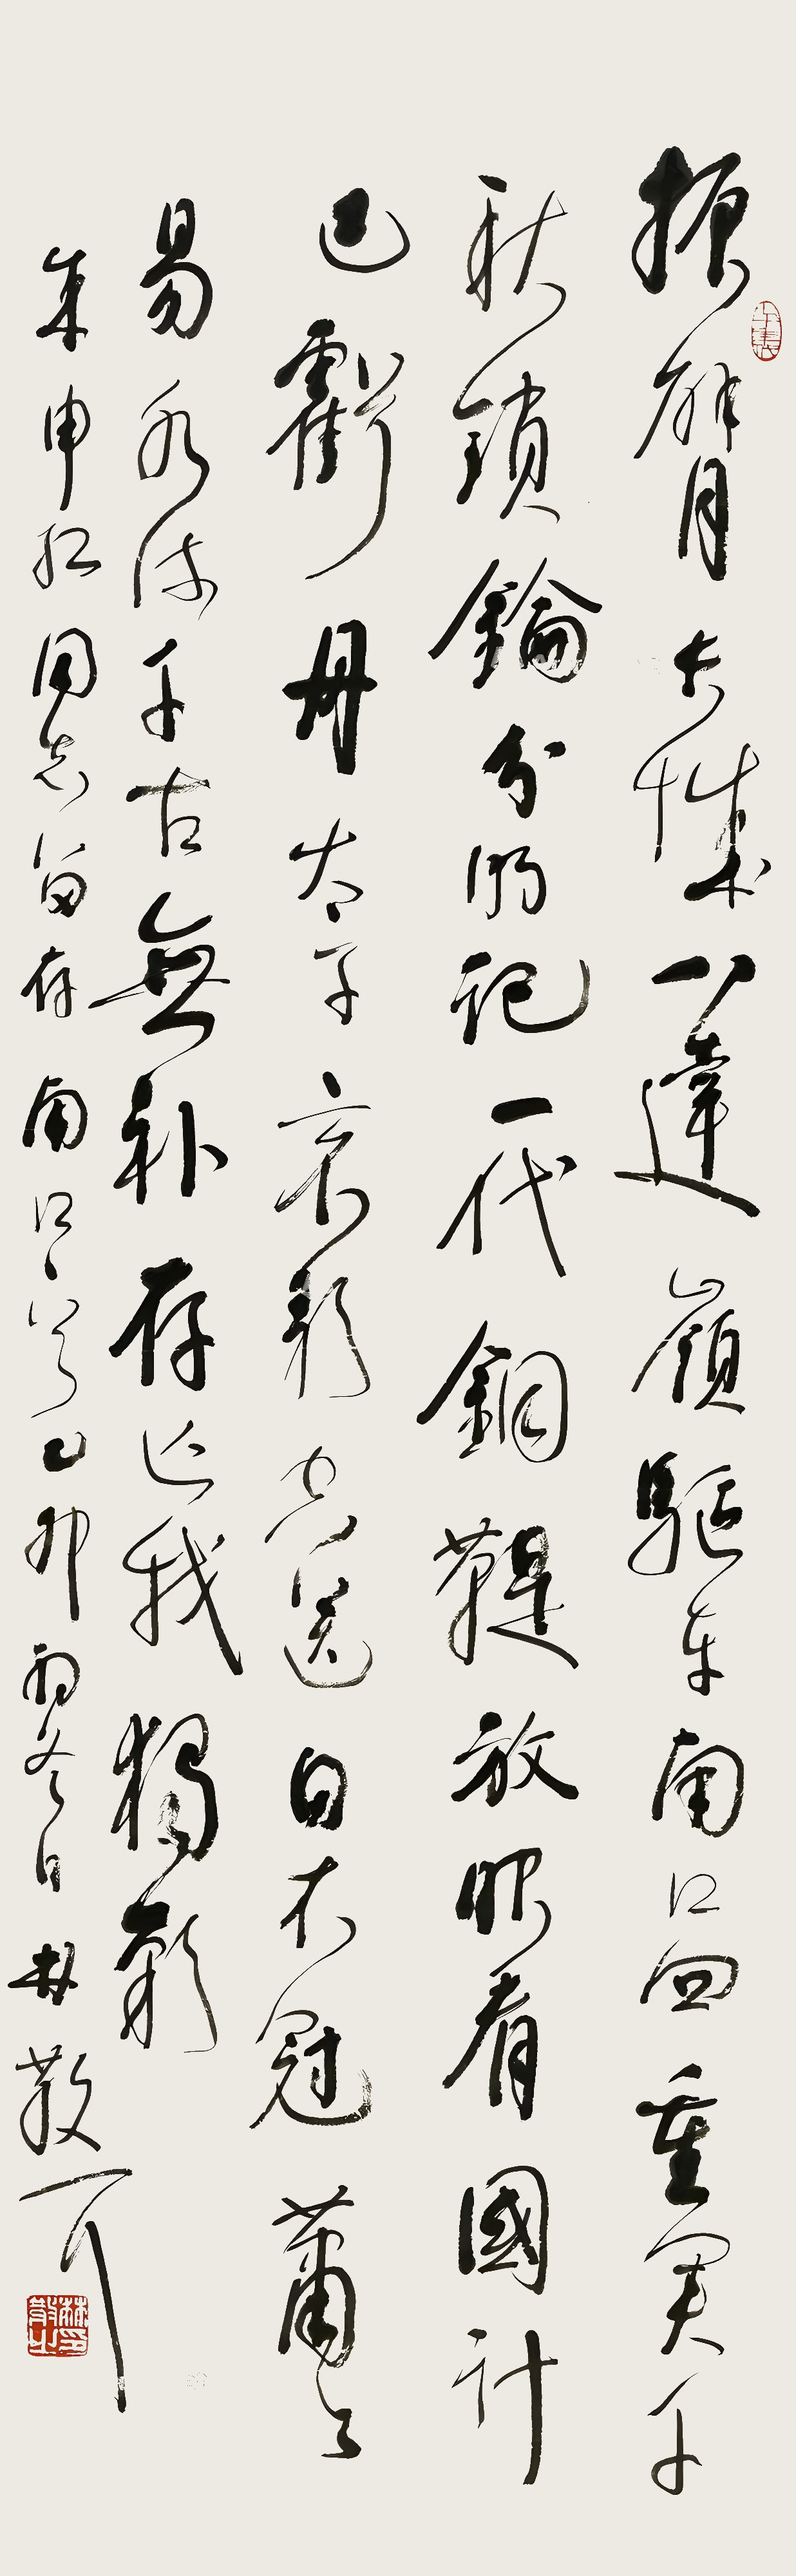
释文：振臂长城八达岭，驱车南口四重关。千秋锁钥分明记，一代铜鞮放眼看。国计已亏丹太子，哀歌空送白衣冠。萧萧易水流千古，无补存亡我独叹。朱申红同志留存。南口一首，乙卯初冬，林散耳。